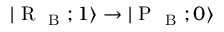
| \mathrm { ~ R ~ } _ { \mathrm { ~ B ~ } } ; 1 \rangle \rightarrow | \mathrm { ~ P ~ } _ { \mathrm { ~ B ~ } } ; 0 \rangle